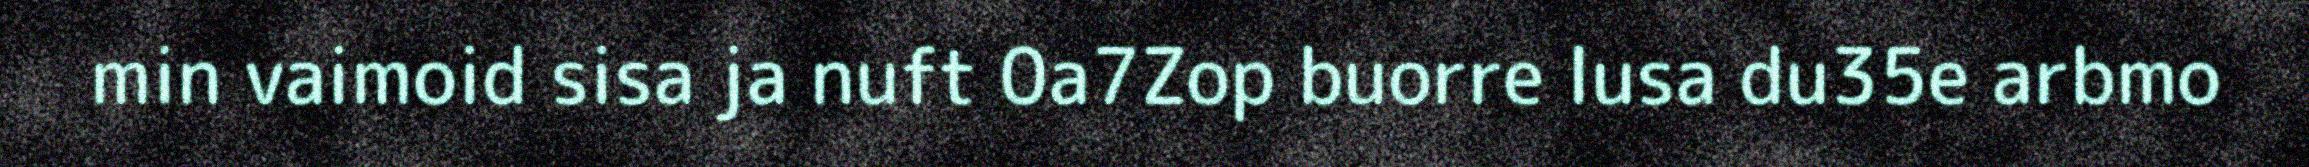
min vaimoid sisa ja nuft 0a7Zop buorre lusa du35e arbmo